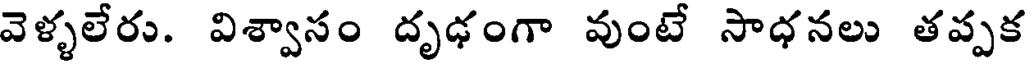
వెళ్ళలేరు. విశ్వాసం దృఢంగా వుంటే సాధనలు తప్పక